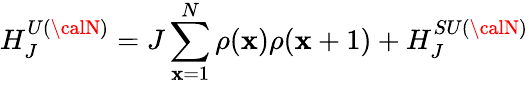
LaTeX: H_{J}^{U({\calN})}=J\sum_{\mathbf{x}=1}^{N}\rho(\mathbf{x})\rho(\mathbf{x}+1)+H_{J}^{SU({\calN})}